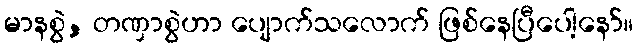
မာနစွဲ, တဏှာစွဲဟာ ပျောက်သလောက် ဖြစ်နေပြီပေါ့နော်။